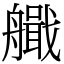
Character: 艥